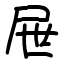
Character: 屉